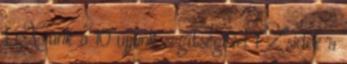
1 X-unk a 10 ujjunk segítségével 1 Zsidók a